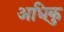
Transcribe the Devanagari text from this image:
अधिकु